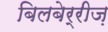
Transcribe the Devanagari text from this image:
बिलबेर्रीज़